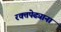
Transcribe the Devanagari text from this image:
रक्तपेढ्याना